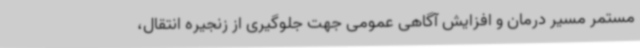
مستمر مسیر درمان و افزایش آگاهی عمومی جهت جلوگیری از زنجیره انتقال،